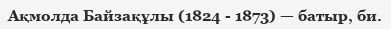
Ақмолда Байзақұлы (1824 - 1873) — батыр, би.